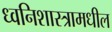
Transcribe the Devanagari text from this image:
ध्वनिशास्त्रामधील